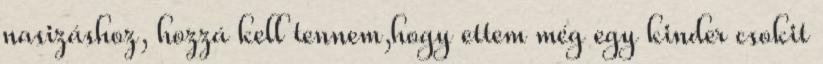
nasizáshoz, hozzá kell tennem,hogy ettem még egy kinder csokit